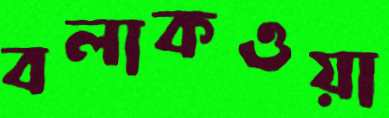
বলাকওয়া